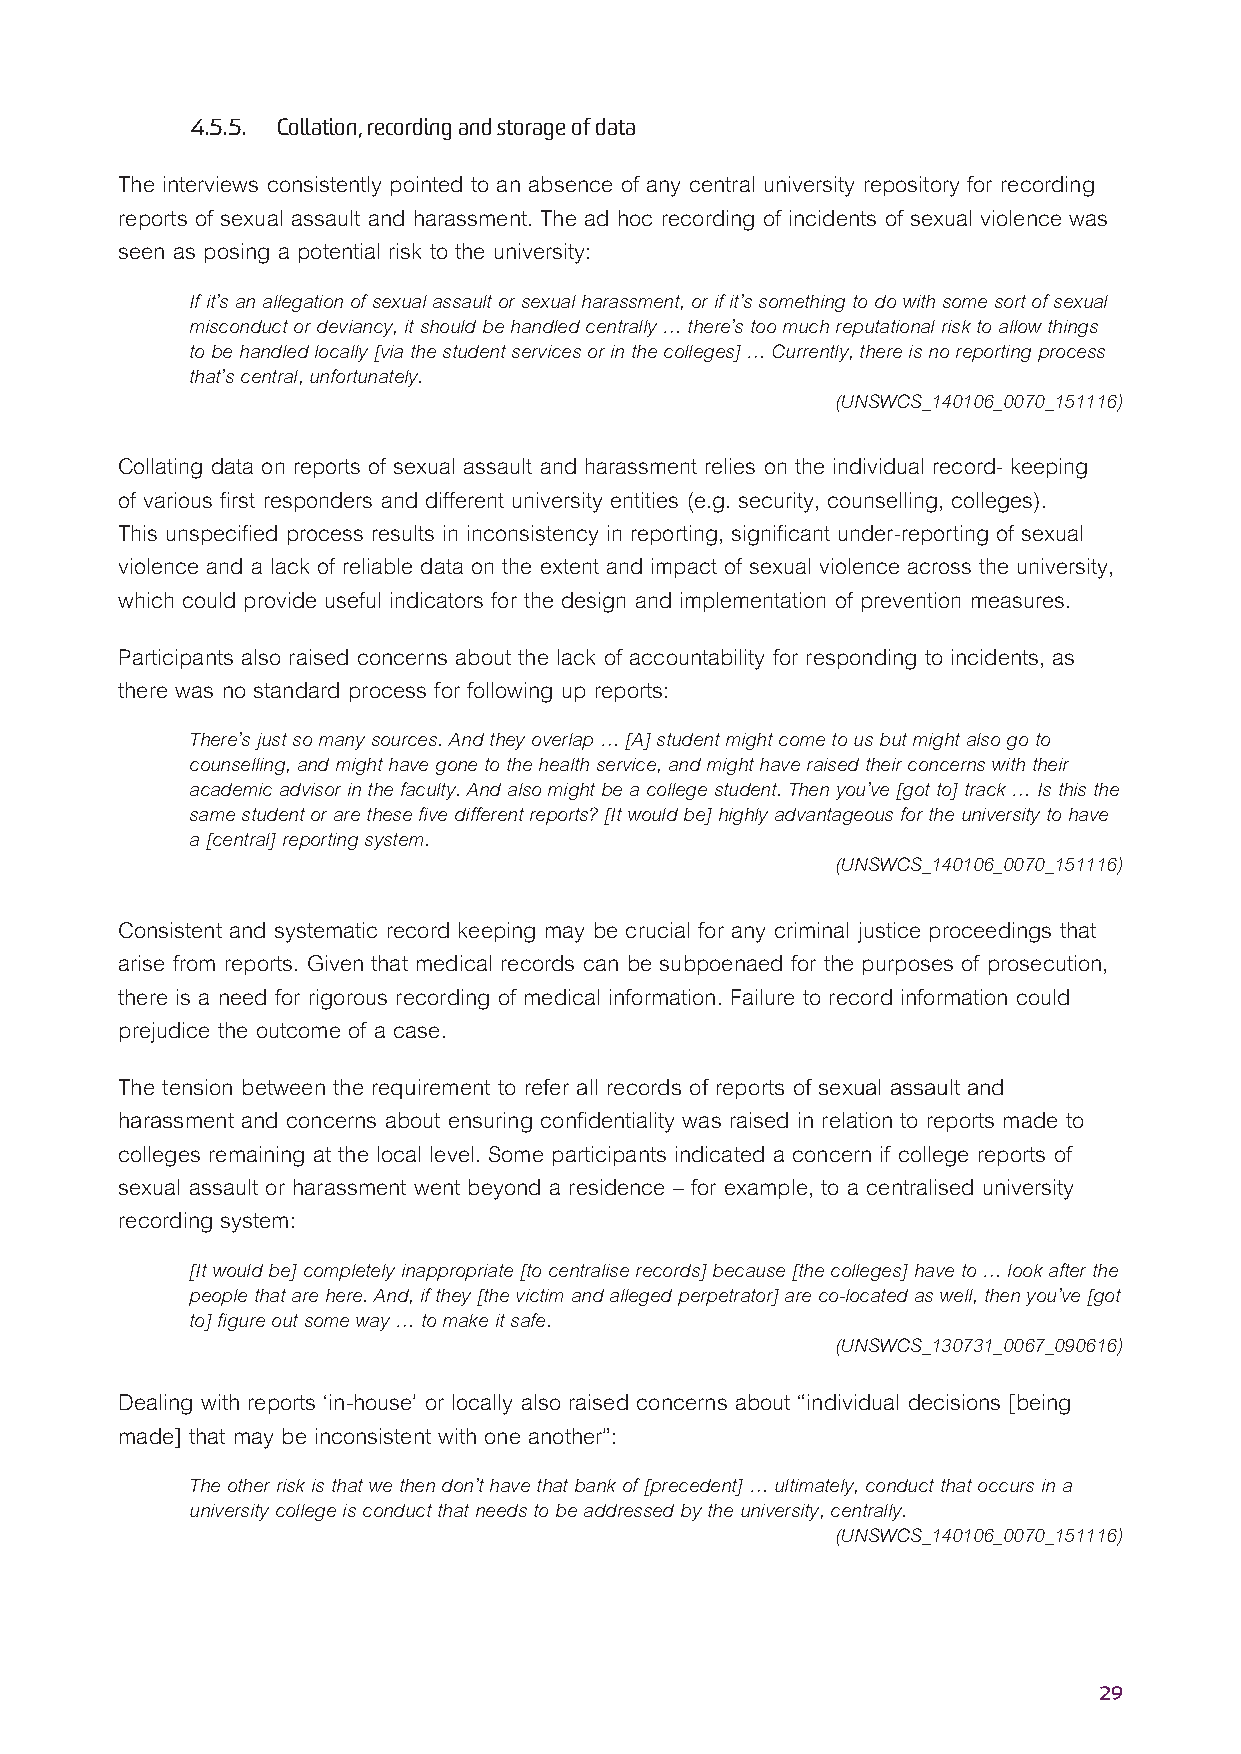
4.5.5. Collation, recording and storage of data
 The interviews consistently pointed to an absence of any central university repository for recording
 reports of sexual assault and harassment. The ad hoc recording of incidents of sexual violence was
 seen as posing a potential risk to the university:
 If it’s an allegation of sexual assault or sexual harassment, or if it’s something to do with some sort of sexual
 misconduct or deviancy, it should be handled centrally … there’s too much reputational risk to allow things
 to be handled locally [via the student services or in the colleges] … Currently, there is no reporting process
 that’s central, unfortunately.
 (UNSWCS_140106_0070_151116)
 Collating data on reports of sexual assault and harassment relies on the individual record- keeping
 of various first responders and different university entities (e.g. security, counselling, colleges).
 This unspecified process results in inconsistency in reporting, significant under-reporting of sexual
 violence and a lack of reliable data on the extent and impact of sexual violence across the university,
 which could provide useful indicators for the design and implementation of prevention measures.
 Participants also raised concerns about the lack of accountability for responding to incidents, as
 there was no standard process for following up reports:
 There’s just so many sources. And they overlap … [A] student might come to us but might also go to
 counselling, and might have gone to the health service, and might have raised their concerns with their
 academic advisor in the faculty. And also might be a college student. Then you’ve [got to] track … Is this the
 same student or are these five different reports? [It would be] highly advantageous for the university to have
 a [central] reporting system.
 (UNSWCS_140106_0070_151116)
 Consistent and systematic record keeping may be crucial for any criminal justice proceedings that
 arise from reports. Given that medical records can be subpoenaed for the purposes of prosecution,
 there is a need for rigorous recording of medical information. Failure to record information could
 prejudice the outcome of a case.
 The tension between the requirement to refer all records of reports of sexual assault and
 harassment and concerns about ensuring confidentiality was raised in relation to reports made to
 colleges remaining at the local level. Some participants indicated a concern if college reports of
 sexual assault or harassment went beyond a residence – for example, to a centralised university
 recording system:
 [It would be] completely inappropriate [to centralise records] because [the colleges] have to … look after the
 people that are here. And, if they [the victim and alleged perpetrator] are co-located as well, then you’ve [got
 to] figure out some way … to make it safe.
 (UNSWCS_130731_0067_090616)
 Dealing with reports ‘in-house’ or locally also raised concerns about “individual decisions [being
 made] that may be inconsistent with one another”:
 The other risk is that we then don’t have that bank of [precedent] … ultimately, conduct that occurs in a
 university college is conduct that needs to be addressed by the university, centrally.
 (UNSWCS_140106_0070_151116)
 29